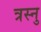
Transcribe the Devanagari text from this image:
त्रस्नु